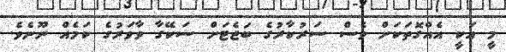
މީ އަކީ އެއްގޮތަކަށް ވެސް ސަރުކާރުގެ ބަޖެޓަށް ސަކޭގާ ވާވަރުގެ ކަމެއް ނޫނެވެ.